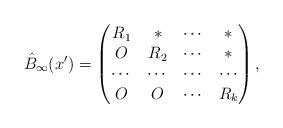
LaTeX: \begin{align*} \hat{B}_{\infty}(x')= \begin{pmatrix} R_1&*&\cdots &*\\ O&R_2&\cdots &*\\ \cdots&\cdots&\cdots &\cdots\\ O&O&\cdots &R_k \end{pmatrix}, \end{align*}